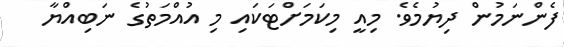
ފެންނަމުން ދިޔުމެވެ. މިއީ މިކަމަށްޓަކައި މި އުއްމަތުގެ ނަބިއްޔާ